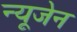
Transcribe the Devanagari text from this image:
न्यूजेन